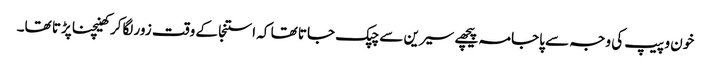
خون و پیپ کی وجہ سے پاجامہ پیچھے سیرین سے چپک جاتا تھا کہ استنجا کے وقت زور لگاکر کھینچنا پڑتا تھا۔